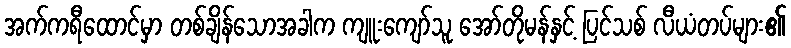
အက်ကရီထောင်မှာ တစ်ချိန်သောအခါက ကျူးကျော်သူ အော်တိုမန်နှင့် ပြင်သစ် လီယံတပ်များ၏